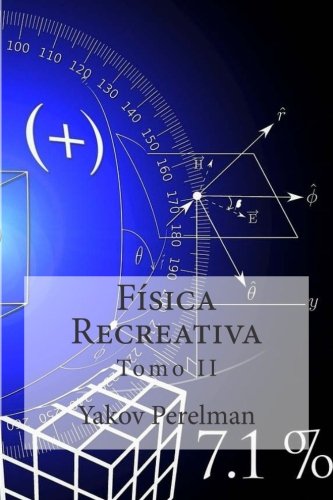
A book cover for Fisica Recreativa: Tomo II (Spanish Edition); Yakov Perelman; Science & Math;